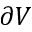
\partial V